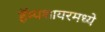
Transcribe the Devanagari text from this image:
हॅम्पशायरमध्ये